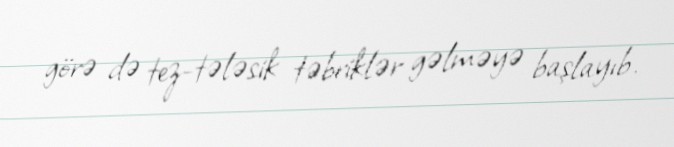
görə də tez-tələsik təbriklər gəlməyə başlayıb.